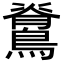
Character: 𮭉